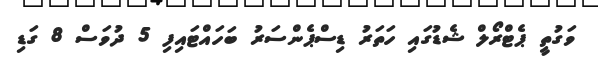
ވަގުތީ ޕެޓްރޯލް ޝެޑުގައި ހަތަރު ޑިސްޕެންސަރު ބަހައްޓައިފި 5 ދުވަސް 8 ގަޑި